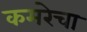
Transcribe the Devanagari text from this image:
कमरेचा